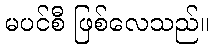
မပင်စီ ဖြစ်လေသည်။